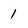
Character: 1